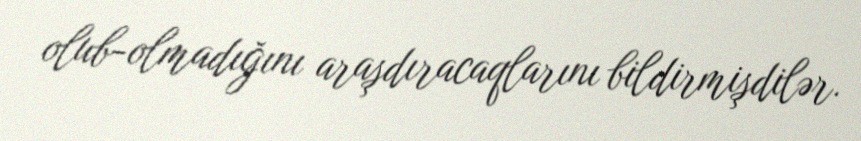
olub-olmadığını araşdıracaqlarını bildirmişdilər.